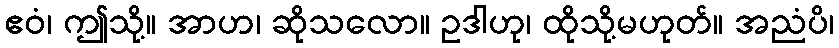
ဧဝံ၊ ဤသို့။ အာဟ၊ ဆိုသလော။ ဥဒါဟု၊ ထိုသို့မဟုတ်။ အညံပိ၊